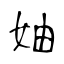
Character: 妯